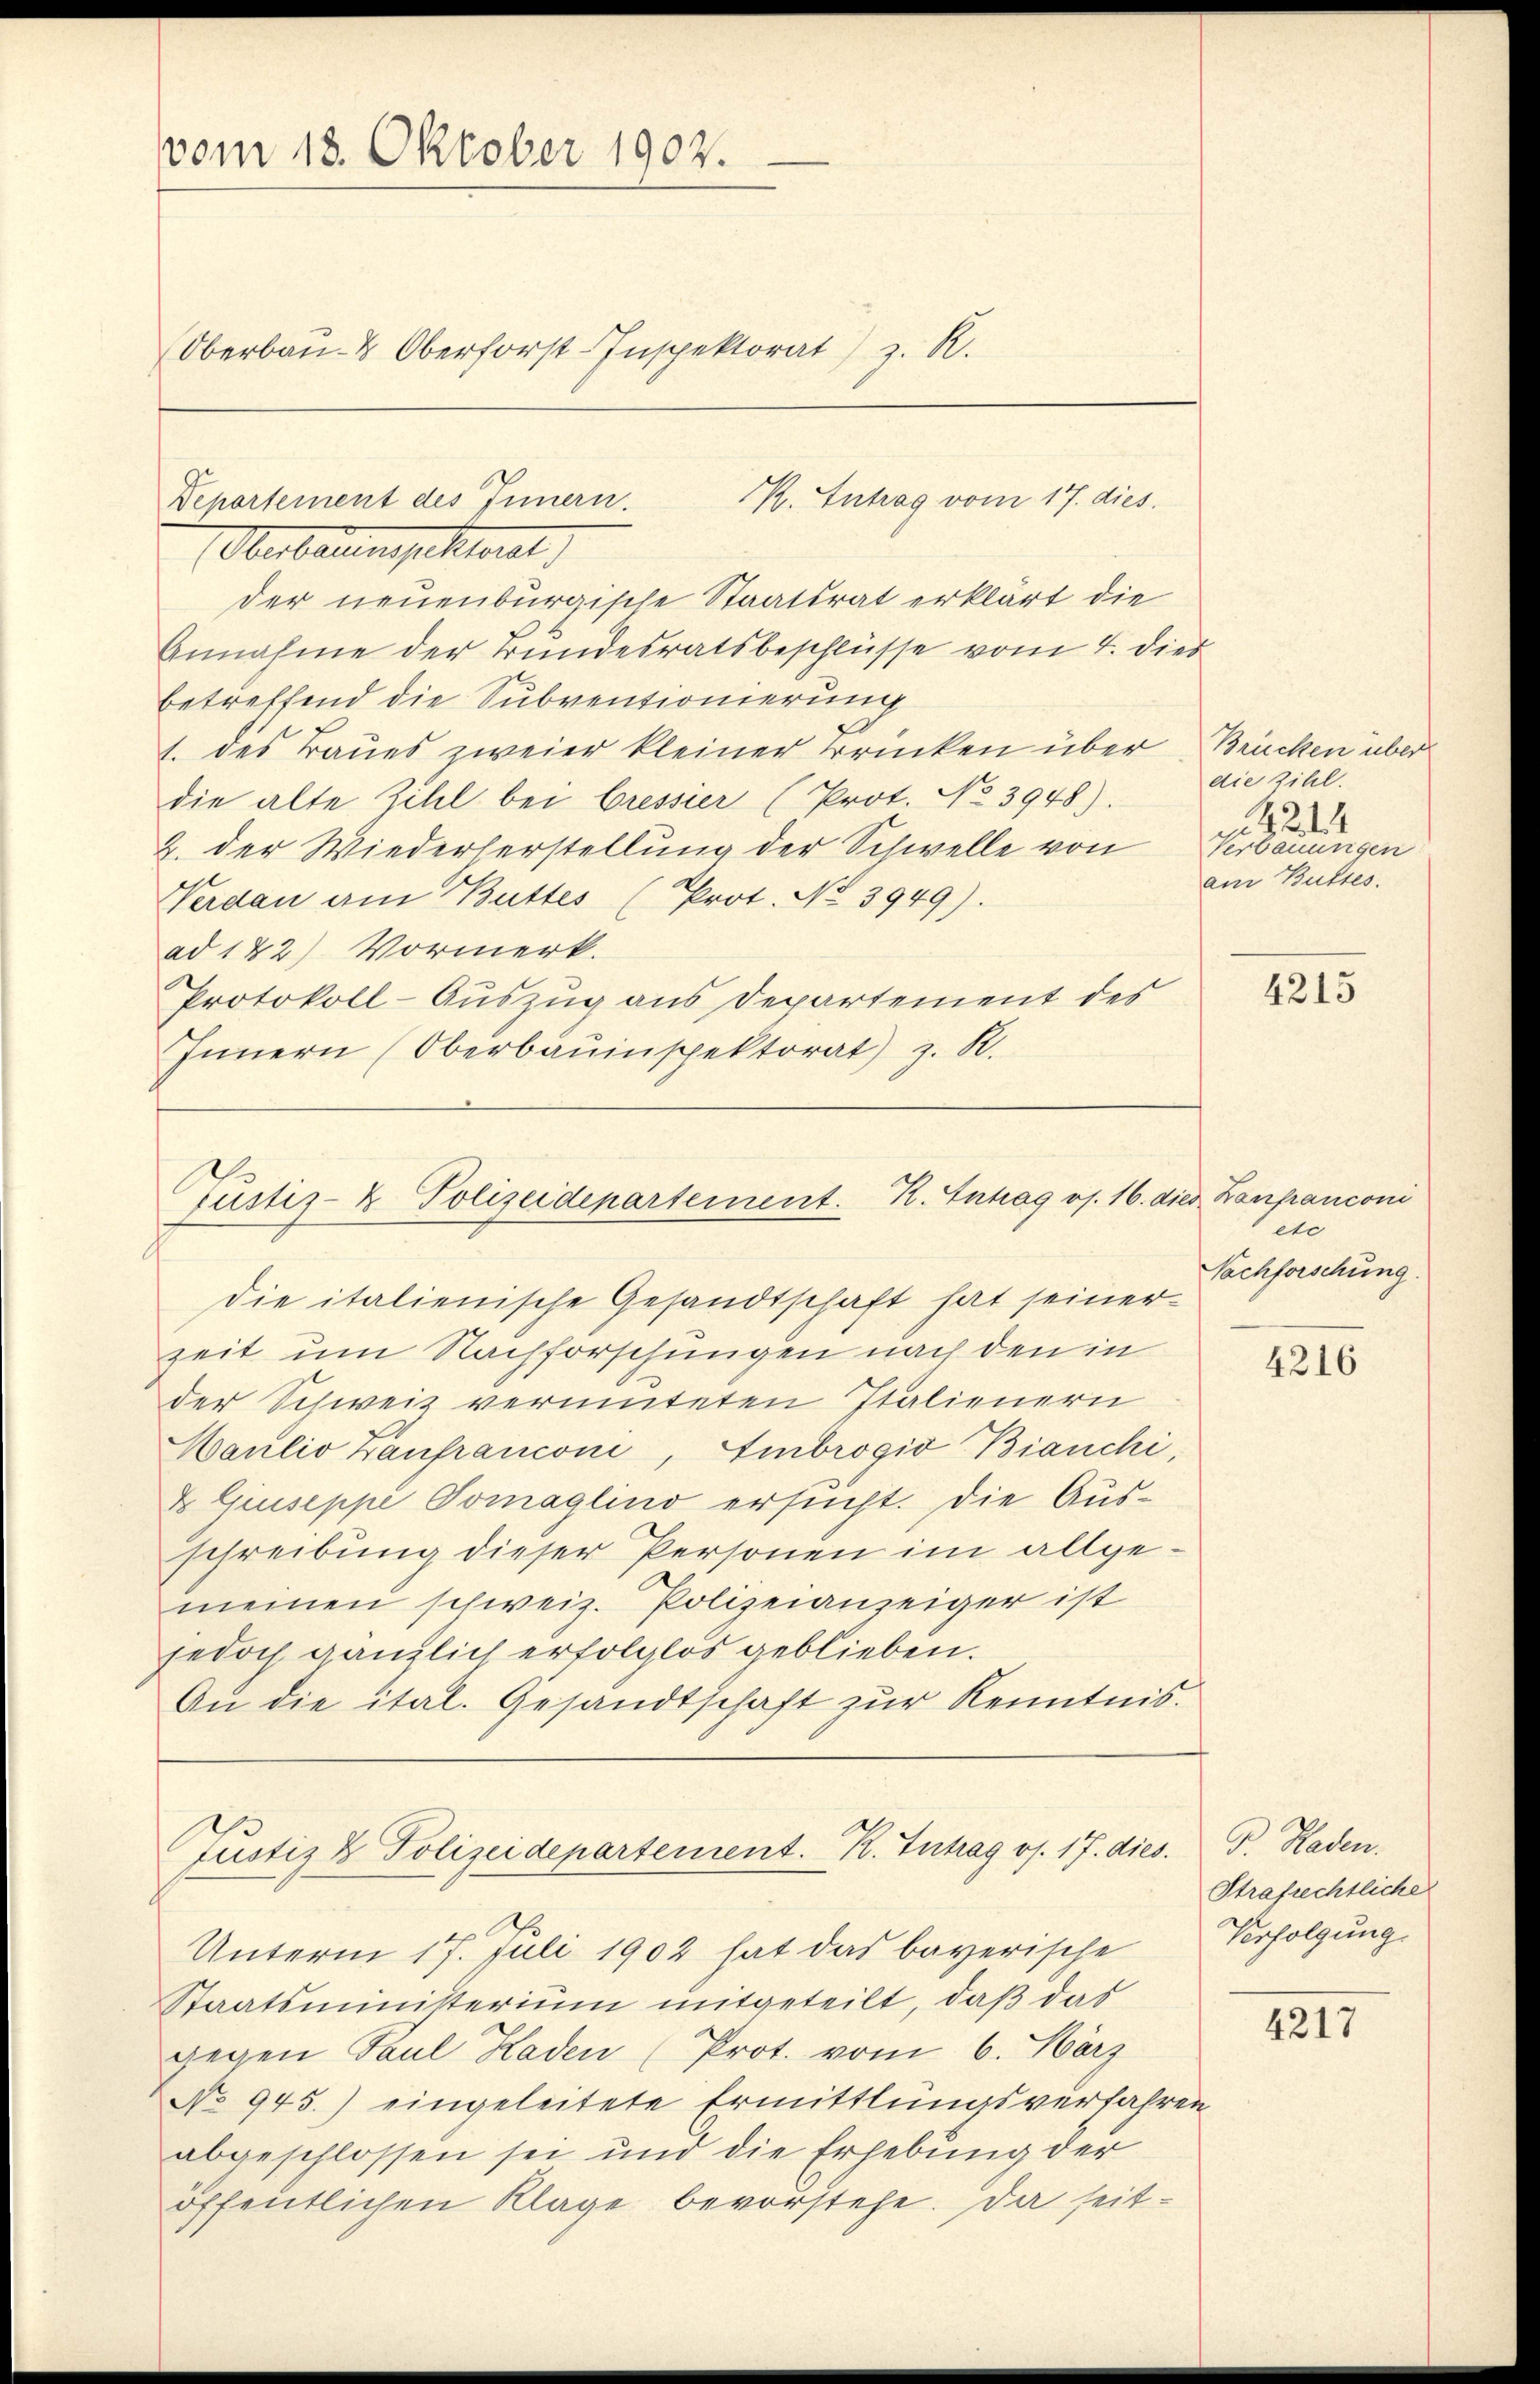
vom 18. Oktober 1902.

die italienische Gesandtschaft hat seiner
zeit um Nachforschungen nach den in
der Schweiz vermuteten Italienern
Marlio Zanfranconi, Embrogio Bianchi,
& Giuseppe Tomaglino ersucht. Die Ausschreibung dieser Personen im allgemeinen schweiz. Polizeianzeiger ist
jedoch gänzlich erfolglos geblieben.
An die ital. Gesandtschaft zur Kenntnis.

Oberbauen Murt
der neuenburgische Staatsrat erklärt die
Annahme der Bundesratsbeschlüsse vom 4. dies
betreffend die Subventionierung
1. des Baues zweier kleiner Brücken über Brücken über
die alte Zihl bei Gressier (Prot. No 3948) die zihl.
2. der Wiederherstellung der Schwelle von
Verdan am Buttes (Prot. No. 3949).
ad 142) Vormerk.
Protokoll-Auszug aus Departement des
Innern (Oberbauinspektorat) z. R.

Oberbau- & Oberforst-Inspektorat) z. R.

Departement des Innern.
K. Antrag vom 17. dies.

Pustiz- & Polizeidepartement. K. Antrag os. 16. dies Zanfanconi

Justiz & Polizeidepartement. R. Intrag os. 17. dies

Unterm 17. Juli 1902 hat das bayerische
Staatsministerium mitgeteilt, daß das
gegen Paul Kaden (Prot. vom 6. März
No 945.) eingeleitete Ermittlungsverfahren
abgeschlossen sei und die Erhebung der
öffentlichen Klage bevorstehe. Da seit¬

2
Verbauungen
am Buttes.

4215

etc
Nachforschung

4216

P. Raden.
1.
Strafrechtliche
Verfolgung

4217